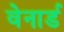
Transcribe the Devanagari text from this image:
वेनार्ड